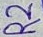
Text: R2